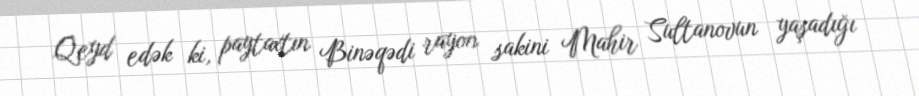
Qeyd edək ki, paytaxtın Binəqədi rayon sakini Mahir Sultanovun yaşadığı